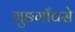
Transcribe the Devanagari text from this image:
गुङगाँवसे